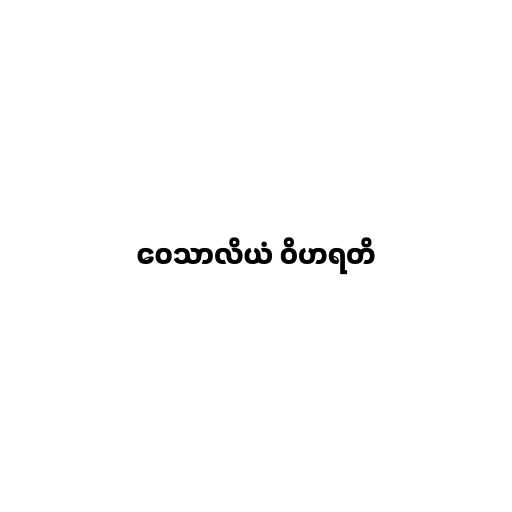
ဝေသာလိယံ ဝိဟရတိ